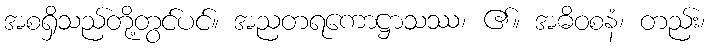
အစရှိသည်တို့တွင်ပင်။ အညတရကောဋ္ဌာသဿ၊ ၏။ အဓိဝစနံ၊ တည်း၊